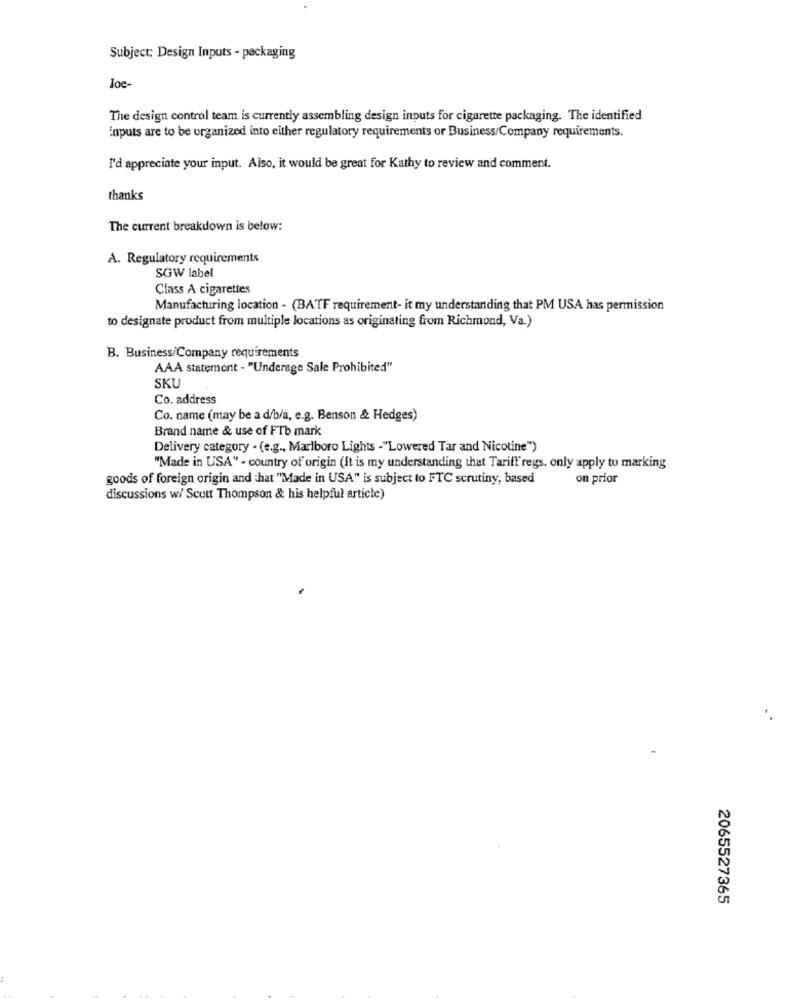
Subject: Design Inputs - packaging
Joe
The design control team is currently assembling design inputs for cigarette packaging. The identified
inputs are to be organized into either regulatory requirements or Business/Company requirements.
I'd appreciate your input. Also, it would be great for Kathy to review and comment.
thanks
The current breakdown is below:
A. Regulatory requirements
SGW label
Class A cigarettes
Manufacturing location - (BATF requirement- it my understanding that PM USA has permission
to designate product from multiple locations as originating from Richmond, Va.)
B. Business/Company requirements
AAA statement - "Underage Sale Prohibited"
SKU
Co. address
Co. name (may be a d/b/a, e.g. Benson & Hedges)
Brand name & use of FTb mark
Delivery category - (e.g ., Marlboro Lights -"Lowered Tar and Nicotine")
"Made in USA" - country of origin (It is my understanding that Tariff regs. only apply to marking
goods of foreign origin and that "Made in USA" is subject to FTC scrutiny, based
on prior
discussions w/ Scutt Thompson & his helpful article)
2065527365